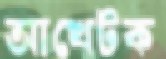
আখেটক